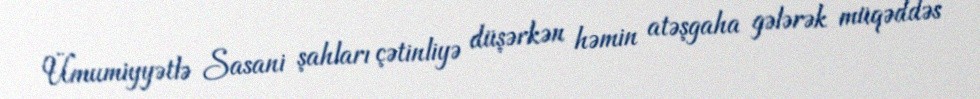
Ümumiyyətlə Sasani şahları çətinliyə düşərkən həmin atəşgaha gələrək müqəddəs